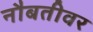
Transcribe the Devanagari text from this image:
नौबतीवर